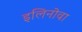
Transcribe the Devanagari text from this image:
इलिनोवा